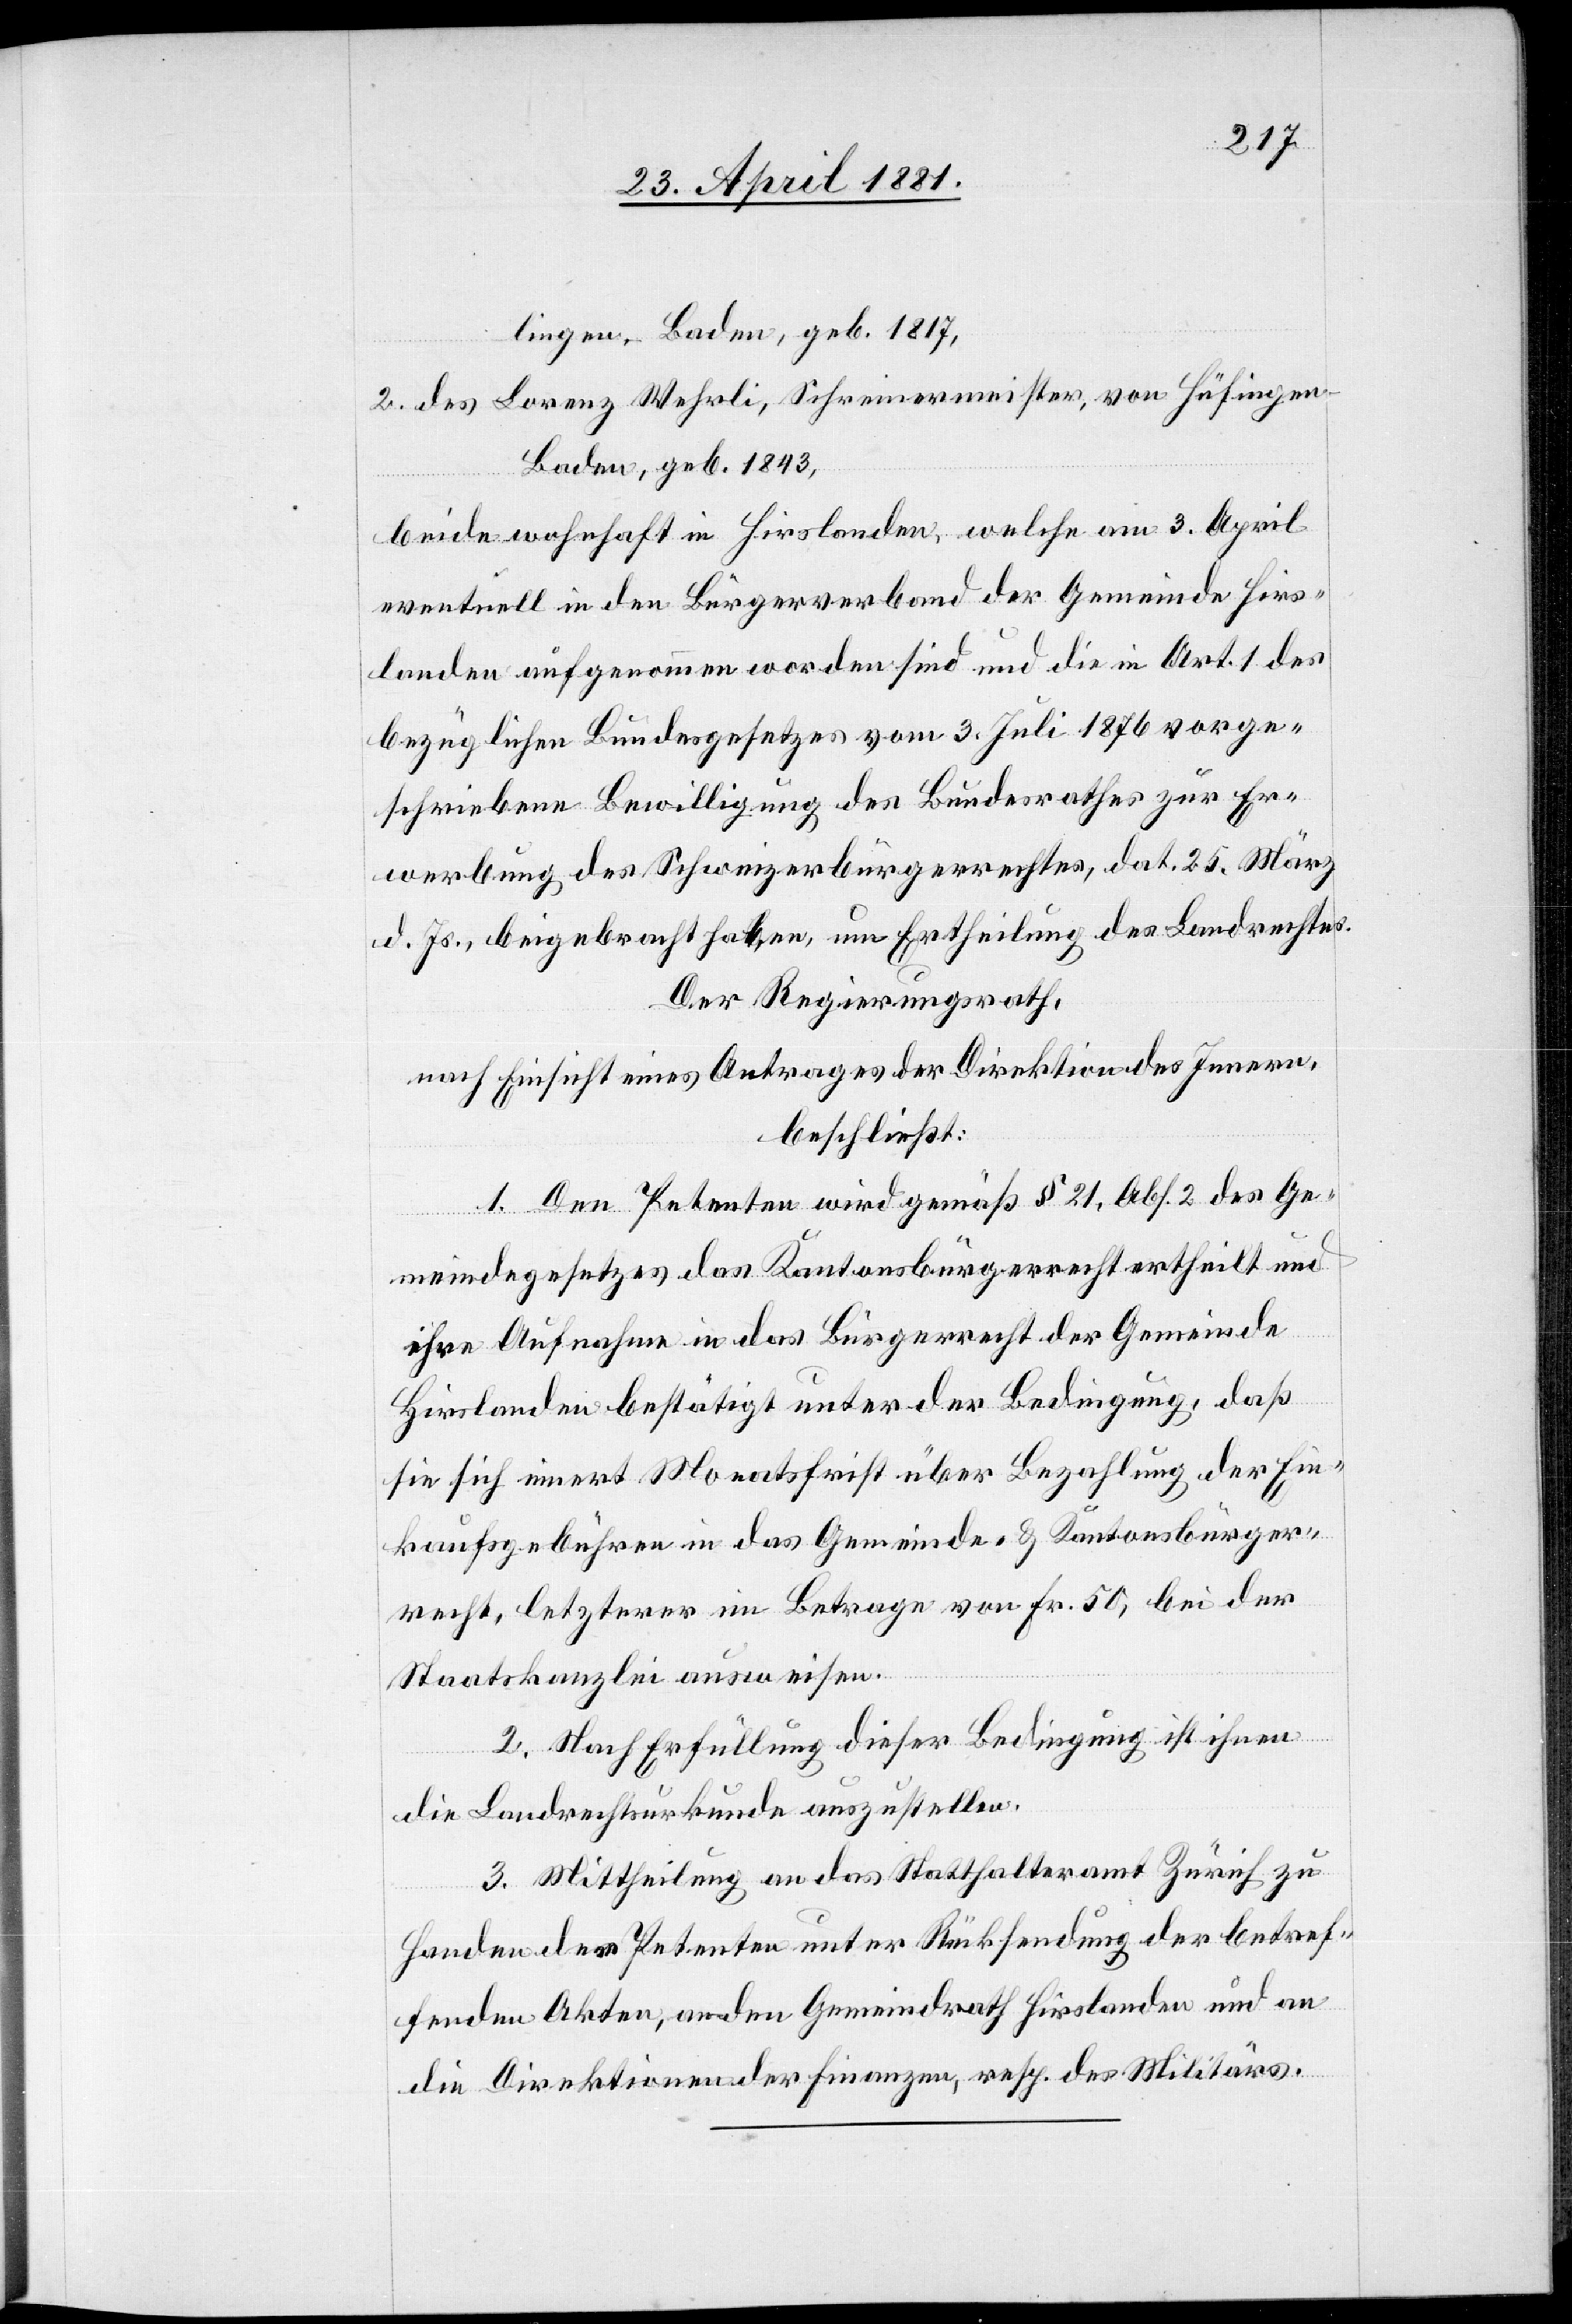
lingen - Baden, geb. 1817,
2. des Lorenz Wehrli, Schreinermeister, von Hüfingen
Baden, geb. 1843,
beide wohnhaft in Hirslanden, welche am 3. April
eventuell in den Bürgerverband der Gemeinde Hirs¬
landen aufgenommen worden sind und die Art. 1 des
bezüglichen Bundesgesetzes vom 3. Juli 1867 vorge¬
schriebene Bewilligung des Bundesrathes zur Er¬
werbung des Schweizerbürgerrechtes, dat. 25. März
d. Js., beigebracht haben, um Ertheilung des Landrechtes.
Der Regierungsrath,
nach Einsicht eines Antrages der Direktion des Innern,
beschließt:
1. Den Petenten wird gemäß § 21, Abs. 2 des Ge¬
meindegesetzes das Kantonsbürgerrecht ertheilt und
ihre Aufnahme in das Bürgerrecht der Gemeinde
Hirslanden bestätigt unter der Bedingung, daß
sie sich innert Monatsfrist über Bezahlung der Ein¬
kaufsgebühren in das Gemeinde- & Kantonsbürger¬
recht, letzterer im Betrage von Fr. 50, bei der
Staatskanzlei ausweisen.
2. Nach Erfüllung dieser Bedingung ist ihnen
die Landrechtsurkunde auszustellen.
3. Mittheilung an das Statthalteramt Zürich zu
Handen der Petenten unter Rücksendung der betref¬
fenden Akten, an den Gemeindrath Hirslanden und an
die Direktion der Finanzen, resp. des Militärs.